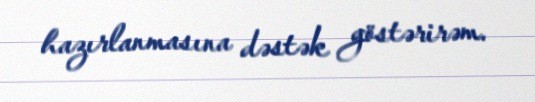
hazırlanmasına dəstək göstərirəm.